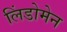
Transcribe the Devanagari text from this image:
लिंडोमेन